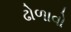
ઢોળાવો